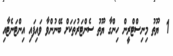
1  ޔޫތު މިނިސްޓްރީން ހިންގާ ޔޫތު ސެންޓަރުތަކަށް ބޭނުންވާ ވައިފައި އިންޓަނެޓާއި